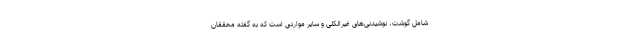
شامل گوشت، نوشیدنی‌های غیرالکلی و سایر مواردی است که به گفته محققان